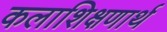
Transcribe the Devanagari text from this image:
कलाशिक्षणार्थ